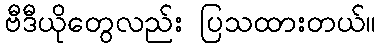
ဗီဒီယိုတွေလည်း ပြသထားတယ်။